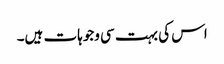
اس کی بہت سی وجوہات ہیں۔